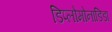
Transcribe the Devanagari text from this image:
डिप्लोमोनाडिडा